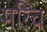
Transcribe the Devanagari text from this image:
मरिच